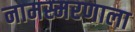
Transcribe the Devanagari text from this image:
नामस्मरणाला